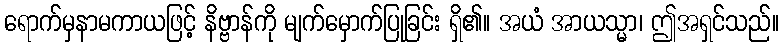
ရောက်မှနာမကာယဖြင့် နိဗ္ဗာန်ကို မျက်မှောက်ပြုခြင်း ရှိ၏။ အယံ အာယသ္မာ၊ ဤအရှင်သည်။